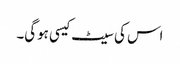
اس کی سیٹ کیسی ہوگی۔